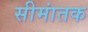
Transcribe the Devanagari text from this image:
सीमांतक